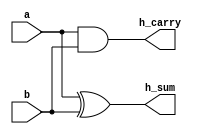
module Half_Add(a, b, h_sum, h_carry);

    input a, b;
    output h_sum, h_carry;

    xor(h_sum, a, b);
    and(h_carry, a, b);

endmodule